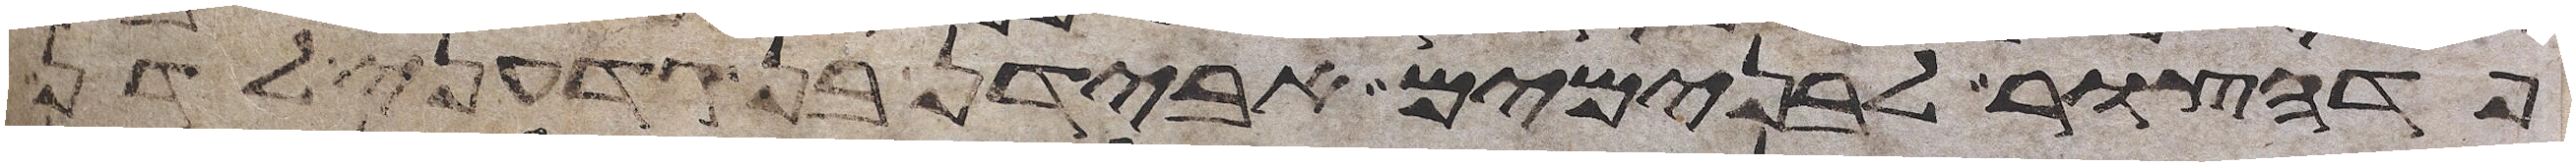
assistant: פדהצור לבנימים אבידן בן גדעוני לדן